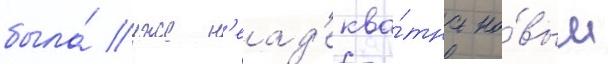
была́ уже н'еад'еква́тна но́вым